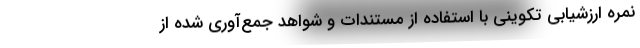
نمره ارزشیابی تکوینی با استفاده از مستندات و شواهد جمع‌آوری شده از